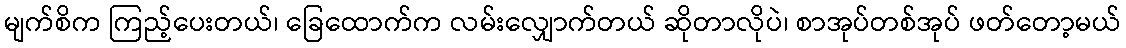
မျက်စိက ကြည့်ပေးတယ်၊ ခြေထောက်က လမ်းလျှောက်တယ် ဆိုတာလိုပဲ၊ စာအုပ်တစ်အုပ် ဖတ်တော့မယ်